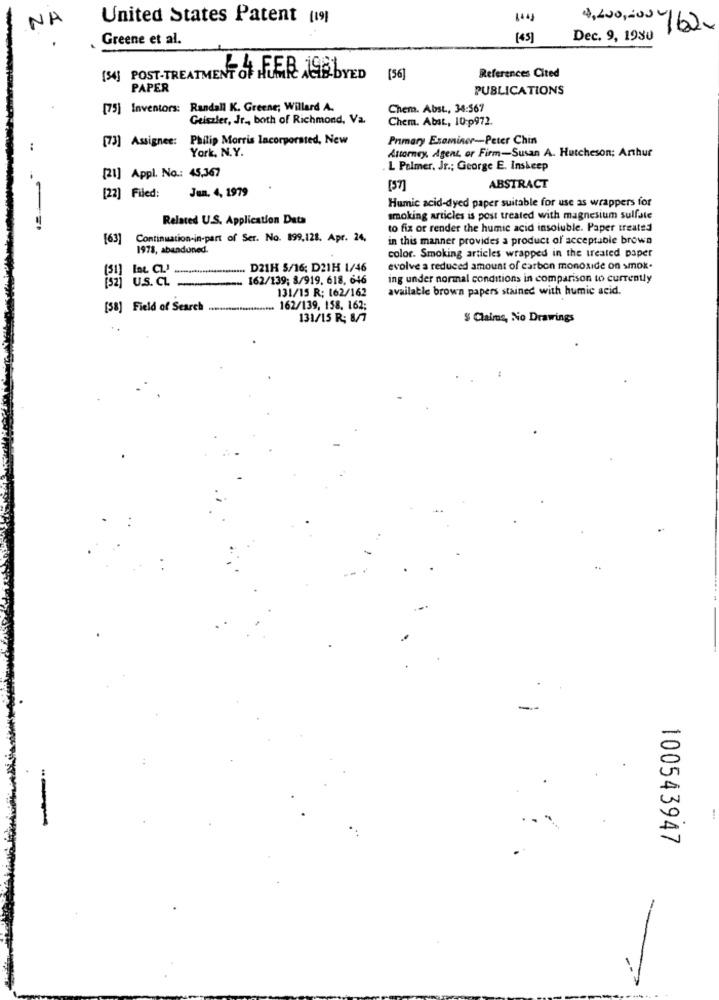
NA
United States Patent [19]
4,200,400/62-
Greene et al.
[4]
Dec. 9, 1980
J.J .FER 198 VED
(36]
References Cited
PAPER
PUBLICATIONS
[75] Inventors: Randall K. Greene; Willard A.
Chem. Abst ., 34:567
Geiszter, Jr ., both of Richmond, Va.
Chem. Abst ., 10-p972.
[73] Assignee: Philip Morris lacorporated, New
Primary Examiner-Peter Chin
York, N.Y.
Attorney, Agent, or Firm-Susan A. Hutcheson; Arthur
L Palmer, Jr .; George E. Inskeep
[21] Appl. No .: 45,367
Jun. 4, 1979
[5]
ABSTRACT
[22] Filed:
Humic acid-dyed paper suitable for use as wrappers for
Related U.S. Application Data
smoking articles is post treated with magnesium sulfate
to fix or render the humic acid insoluble. Paper treated
[63]
Continuation-in-part of Ser. No. 899,128. Apr. 24.
in this manner provides a product of acceptable browa
1978, abandoned.
color. Smoking articles wrapped in the treated paper
... D21H 5/16; D21H 1/46
evolve a reduced amount of carbon monoxide on smok.
(52) U.S. CL
162/139; 8/919. 618. 646
ing under normal conditions in comparison to currently
131/15 R: 162/162
available brown papers stained with humic acid.
[58] Field of Search
. 162/139, 158. 162;
131/15 R: 8/7
% Claims, No Drawings
-
---
100543947
-